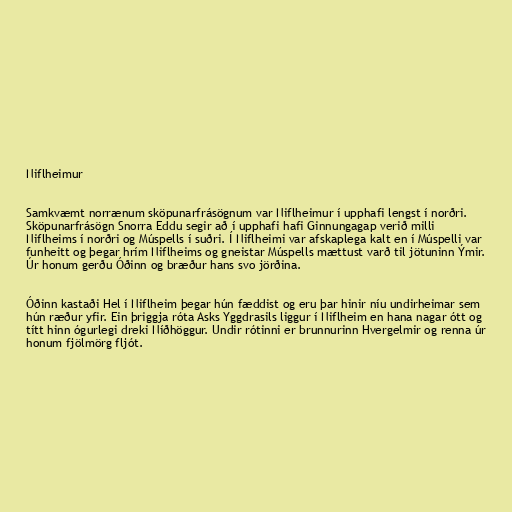
Niflheimur

Samkvæmt norrænum sköpunarfrásögnum var Niflheimur í upphafi lengst í norðri.
Sköpunarfrásögn Snorra Eddu segir að í upphafi hafi Ginnungagap verið milli
Niflheims í norðri og Múspells í suðri. Í Niflheimi var afskaplega kalt en í Múspelli var
funheitt og þegar hrím Niflheims og gneistar Múspells mættust varð til jötuninn Ýmir.
Úr honum gerðu Óðinn og bræður hans svo jörðina.

Óðinn kastaði Hel í Niflheim þegar hún fæddist og eru þar hinir níu undirheimar sem
hún ræður yfir. Ein þriggja róta Asks Yggdrasils liggur í Niflheim en hana nagar ótt og
títt hinn ógurlegi dreki Níðhöggur. Undir rótinni er brunnurinn Hvergelmir og renna úr
honum fjölmörg fljót.